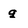
Character: q